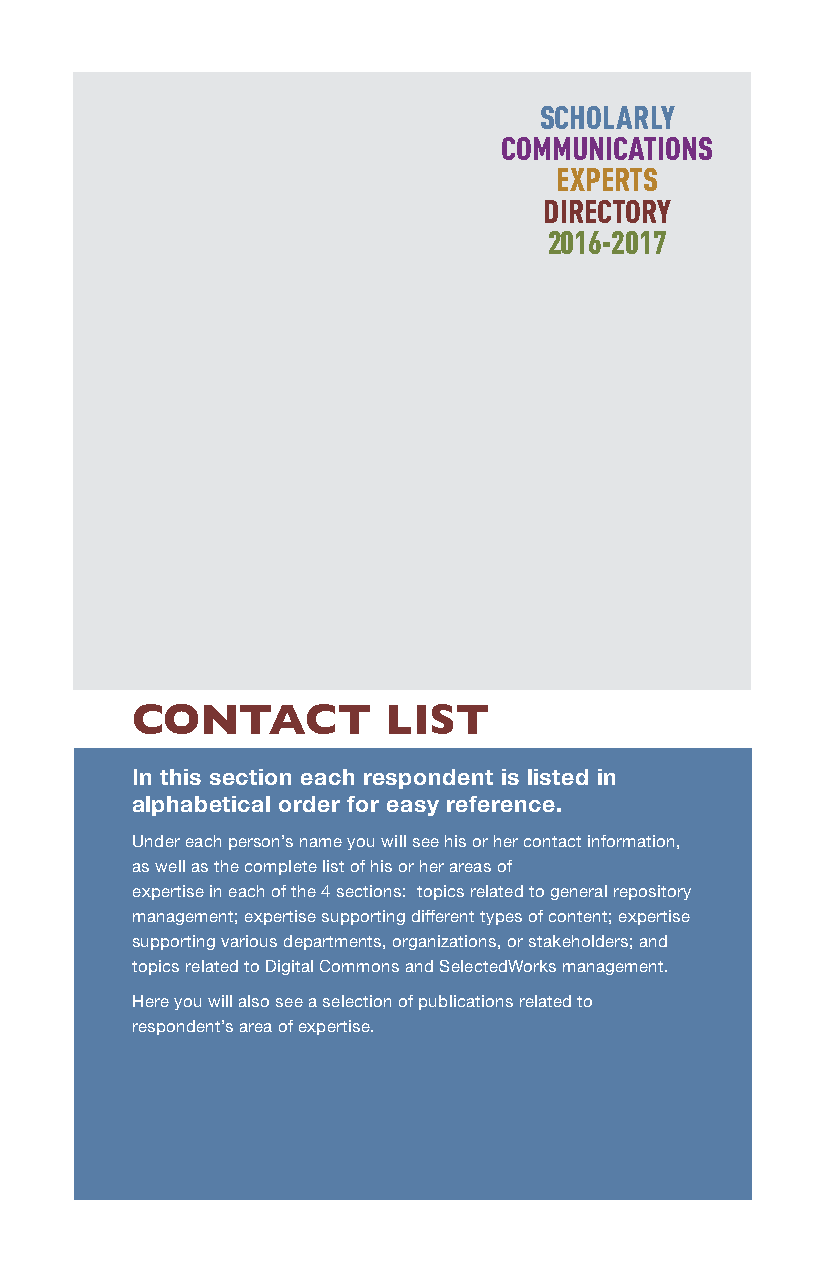
SCHOLARLY
 COMMUNICATIONS
 EXPERTS
 DIRECTORY
 2016-2017
 CONTACT         LIST
 In this section each respondent is listed in
 alphabetical order for easy reference.
 Under each person’s name you will see his or her contact information,
 as well as the complete list of his or her areas of
 expertise in each of the 4 sections: topics related to general repository
 management; expertise supporting different types of content; expertise
 supporting various departments, organizations, or stakeholders; and
 topics related to Digital Commons and SelectedWorks management.
 Here you will also see a selection of publications related to
 respondent’s area of expertise.